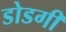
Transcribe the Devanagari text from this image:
डोडगी